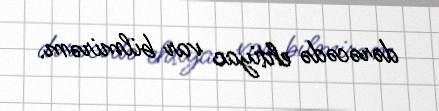
dərəcədə ehtiyac var bilmirəm.